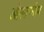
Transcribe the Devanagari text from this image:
ओस्सानीय